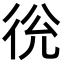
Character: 㣞